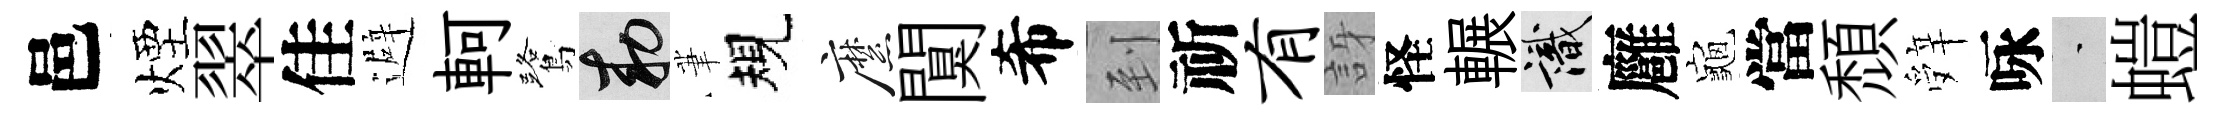
邑煙翠佳避軻鷺敕茟規縻闃希到祈有訝怪輾識廱龜當頹辤咏蒙螘